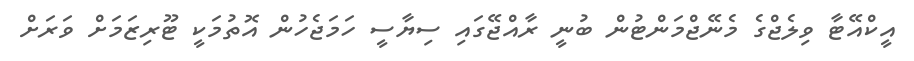
އީކްއޭޓާ ވިލެޖްގެ މެނޭޖްމަންޓުން ބުނީ ރާއްޖޭގައި ސިޔާސީ ހަމަޖެހުން އޮތުމަކީ ޓޫރިޒަމަށް ވަރަށް